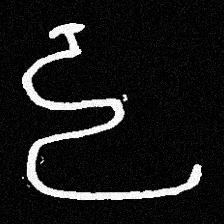
Pyu character \u2014 Myanmar letter: ဠ (romanized: lla)